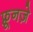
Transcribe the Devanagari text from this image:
फ़्रूनज़े